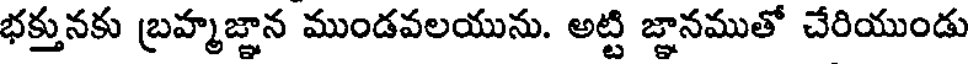
భక్తునకు బ్రహ్మజ్ఞాన ముండవలయును. అట్టి జ్ఞానముతో చేరియుండు